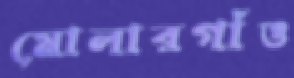
মোলারগাঁও